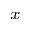
_ { x }